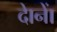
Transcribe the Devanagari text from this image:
दाेनाें